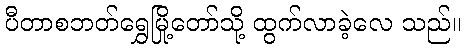
ပီတာစဘတ်ရွှေမြို့တော်သို့ ထွက်လာခဲ့လေ သည်။